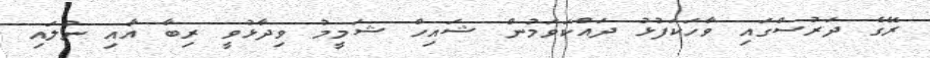
ރޭގެ ދަރުސްގައި ވާހަކަފުޅު ދައްކަވަމުން ޝައިހް ޝަމީމު ވިދާޅުވީ ރިބާ އާއި ނުލައި